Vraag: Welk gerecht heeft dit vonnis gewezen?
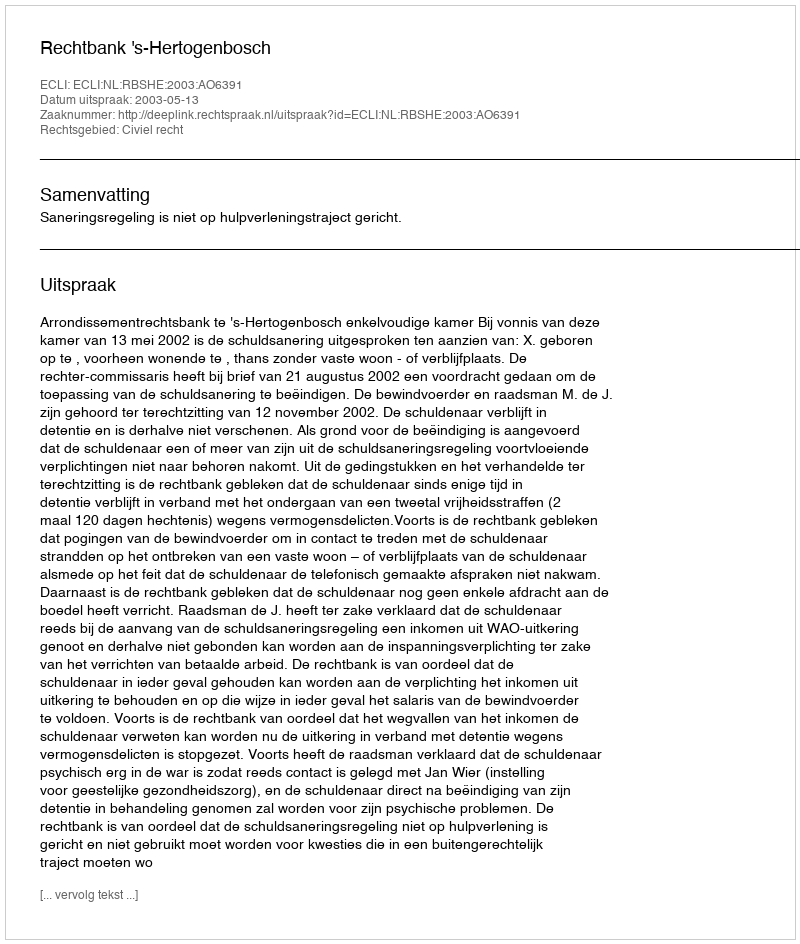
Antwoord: Rechtbank 's-Hertogenbosch